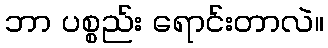
ဘာ ပစ္စည်း ရောင်းတာလဲ။